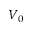
V _ { 0 }